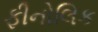
ફીનોલિક